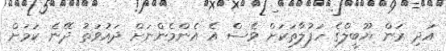
އަދި ރަން ޔޫބީލްގެ ހަފުލާތަކަށް ވެސް އެ އެންމެންނަށް ދައުވަތު ދޭނެ ކަމަށް